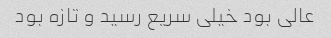
عالی بود خیلی سریع رسید و تازه بود